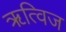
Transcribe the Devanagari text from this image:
ॠत्विज